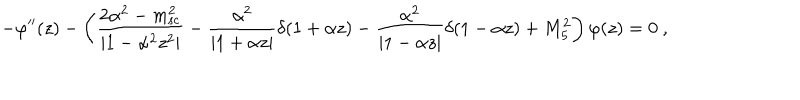
LaTeX: - \varphi ^ { \prime \prime } ( z ) - \left( \frac { 2 \alpha ^ { 2 } - m _ { \mathrm { s c } } ^ { 2 } } { | 1 - \alpha ^ { 2 } z ^ { 2 } | } - \frac { \alpha ^ { 2 } } { | 1 + \alpha z | } \delta ( 1 + \alpha z ) - \frac { \alpha ^ { 2 } } { | 1 - \alpha z | } \delta ( 1 - \alpha z ) + M _ { 5 } ^ { 2 } \right) \varphi ( z ) = 0 ~ ,